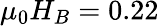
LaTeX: \mu_{0}H_{B}=0.22